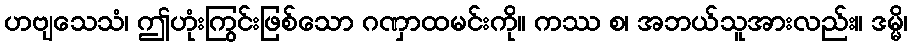
ဟဗျသေသံ၊ ဤဟုံးကြွင်းဖြစ်သော ဂဏှာထမင်းကို။ ကဿ စ၊ အဘယ်သူအားလည်း။ ဒမ္မိ၊